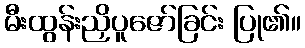
မီးထွန်းညှိပူဇော်ခြင်း ပြု၏။